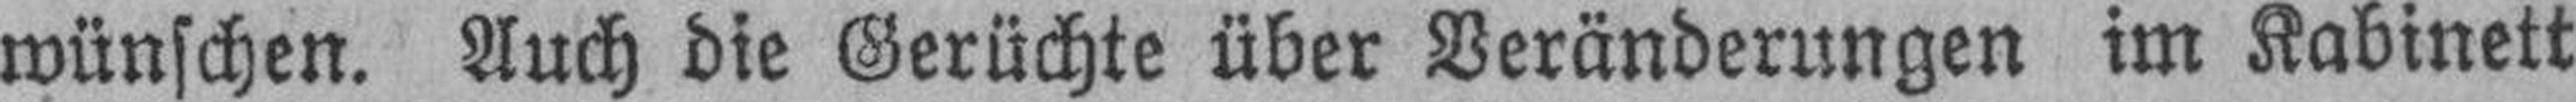
wünschen. Auch die Gerüchte über Veränderungen im Kabinett